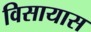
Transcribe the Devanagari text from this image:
विसायास